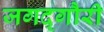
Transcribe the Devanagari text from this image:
जगद्‌गौरी